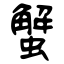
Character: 蟹